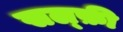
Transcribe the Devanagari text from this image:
सल्फ़ी